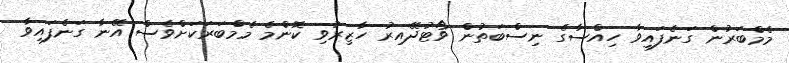
މެމްބަރުން ގަނެފައިވާ ހިއްސާގެ ނިސްބަތުން ވޯޓުދޭއިރު ހާޒިރުވި ކޮންމެ މެމްބަރަކަށްވެސް އޭނާ ގަނެފައިވާ